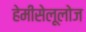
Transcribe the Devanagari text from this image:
हेमीसेलूलोज